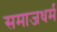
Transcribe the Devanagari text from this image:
समाजधर्म